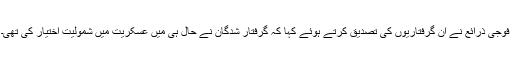
فوجی ذرائع نے ان گرفتاریوں کی تصدیق کرتے ہوئے کہا کہ گرفتار شدگان نے حال ہی میں عسکریت میں شمولیت اختیار کی تھی۔